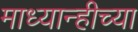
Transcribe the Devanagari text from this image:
माध्यान्हीच्या